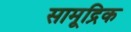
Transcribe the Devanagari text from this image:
सामूद्रिक